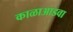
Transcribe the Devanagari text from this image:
काळाआडवा